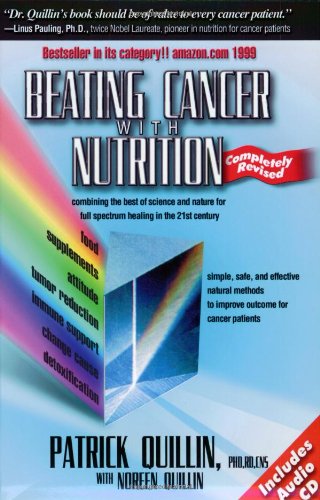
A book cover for Beating Cancer With Nutrition - Revised; Patrick Quillin; Cookbooks, Food & Wine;